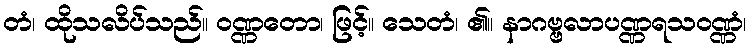
တံ၊ ထိုသလိပ်သည်။ ဝဏ္ဏတော၊ ဖြင့်။ သေတံ၊ ၏။ နာဂဗ္ဗလာပဏ္ဏရသဝဏ္ဏံ၊